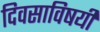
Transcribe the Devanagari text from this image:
दिवसाविषयी